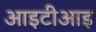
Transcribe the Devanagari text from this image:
आइटीआइ